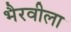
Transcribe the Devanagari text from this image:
भैरवीला